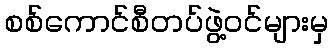
စစ်ကောင်စီတပ်ဖွဲ့ဝင်များမှ